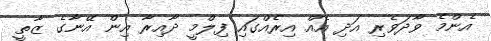
އެންމެ ވާދަވެރި އަދި އެއް އިރެއްގައި ފިލްމީ ދާއިރާ އިން އޭނާގެ ޒާތީ